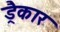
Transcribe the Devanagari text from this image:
ड्रैकार